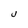
Character: U